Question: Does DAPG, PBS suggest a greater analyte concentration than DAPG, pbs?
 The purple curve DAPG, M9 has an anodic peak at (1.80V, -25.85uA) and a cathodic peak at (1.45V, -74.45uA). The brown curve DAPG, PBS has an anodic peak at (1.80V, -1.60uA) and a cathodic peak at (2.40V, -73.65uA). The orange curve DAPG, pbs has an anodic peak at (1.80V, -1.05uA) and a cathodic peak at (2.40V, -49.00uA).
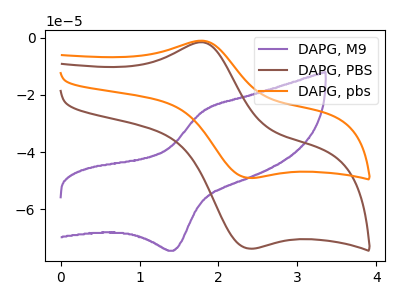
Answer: <think>All the peaks in "DAPG, PBS" have a peak in "DAPG, pbs" at the same potential.
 </think>
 <answer>I cant tell if "DAPG, PBS" or "DAPG, pbs" has more signal.</answer>
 <eval>mixed_signal</eval>